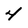
Character: 4